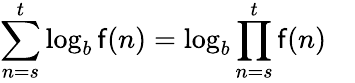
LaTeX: \sum_{n=s}^{t}\log_{b}\mathsf{f}(n)=\log_{b}\prod_{n=s}^{t}\mathsf{f}(n)\quad